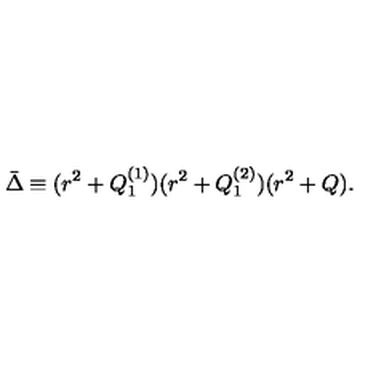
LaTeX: \bar { \Delta } \equiv ( r ^ { 2 } + Q _ { 1 } ^ { ( 1 ) } ) ( r ^ { 2 } + Q _ { 1 } ^ { ( 2 ) } ) ( r ^ { 2 } + Q ) .